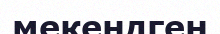
мекендген